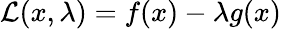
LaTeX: {\mathcal{L}}(x,\lambda)=f(x)-\lambda g(x)